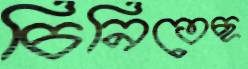
চিনিতেছ